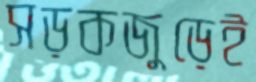
সড়কজুড়েই